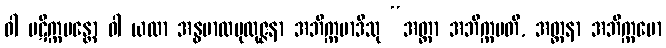
ဝါ ပဋိက္ကမန္တော ဝါ ယထာ အန္ဓဗာလပုထုဇ္ဇနာ အဘိက္ကမာဒီသု “အတ္တာ အဘိက္ကမတိ, အတ္တနာ အဘိက္ကမော